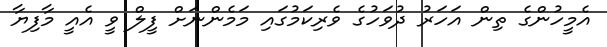
އެމީހުންގެ ތިން އަހަރު ދުވަހުގެ ވެރިކަމުގައި މަމެންނަށް ފީލް ވީ އެއީ މާފިޔާ